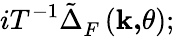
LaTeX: iT^{-1}\tilde{\Delta}_{F}^{}\left(\mathbf{k,}\theta\right);